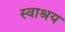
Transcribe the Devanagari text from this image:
स्वाश्रय